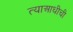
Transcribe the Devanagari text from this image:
त्याआधीची